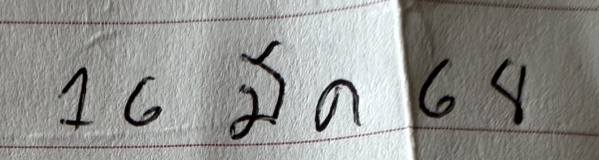
16 มี ค 68